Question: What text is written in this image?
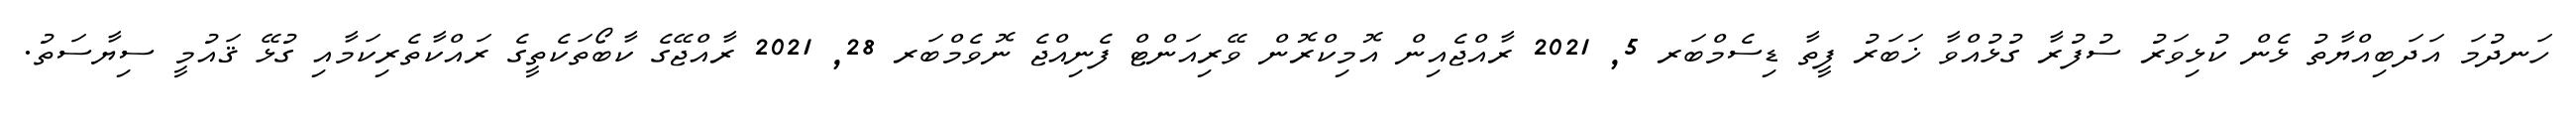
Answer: ހަނދުމަ އަދަބިއްޔާތު ޅެން ކުޅިވަރު ސުފުރާ ގުޅުއްވާ ޚަބަރު ފީތާ ޑިސެމްބަރ 5, 2021 ރާއްޖެއިން އޮމިކްރޮން ވޭރިއަންޓް ފެނިއްޖެ ނޮވެމްބަރ 28, 2021 ރާއްޖޭގެ ކާބޯތަކެތީގެ ރައްކާތެރިކަމާއި ގުޅޭ ޤައުމީ ސިޔާސަތު.